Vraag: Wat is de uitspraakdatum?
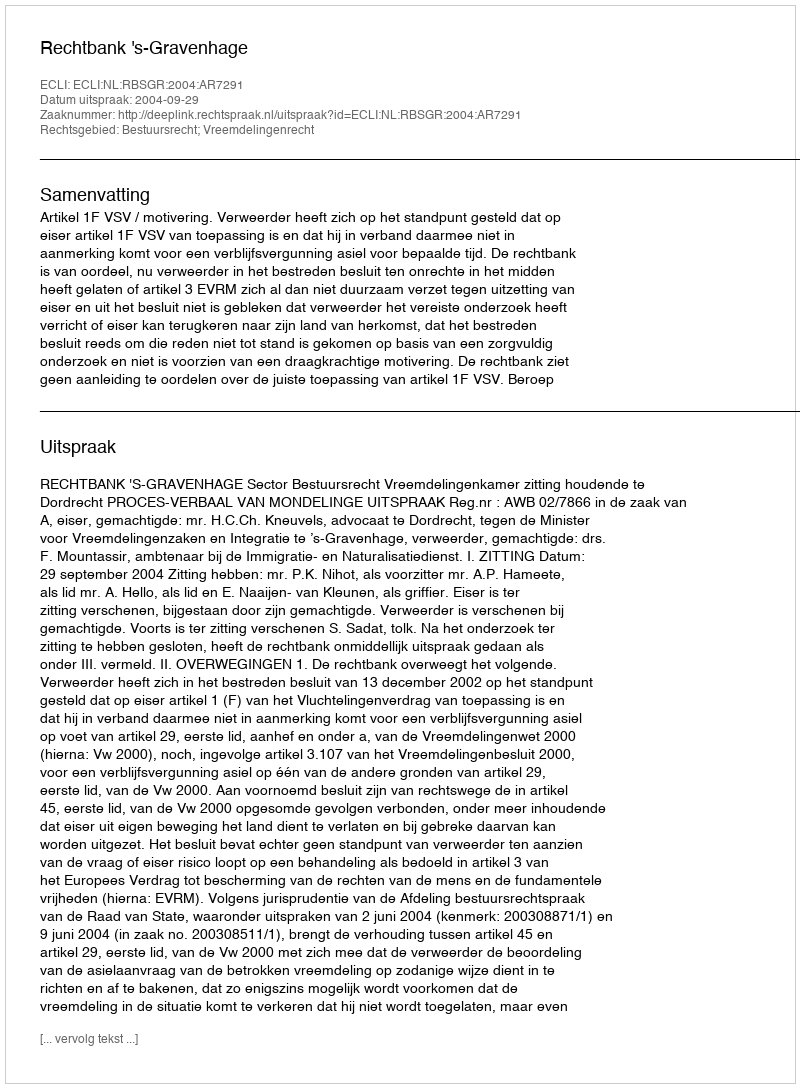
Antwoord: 2004-09-29